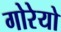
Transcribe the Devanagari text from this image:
गोरेयो